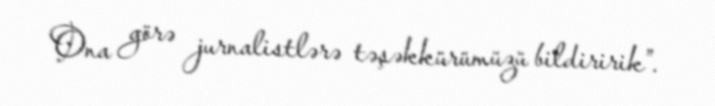
Ona görə jurnalistlərə təşəkkürümüzü bildiririk”.